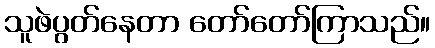
သူဖဲပွတ်နေတာ တော်တော်ကြာသည်။